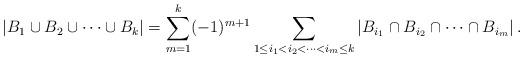
LaTeX: \begin{align*}\arrowvert B_{1}\cup B_{2} \cup \dots \cup B_{k} \arrowvert &= \sum_{m=1}^{k} (-1)^{m+1}\sum_{1\leq i_1 < i_2 < \dots <i_m \leq k} \arrowvert B_{i_1}\cap B_{i_2} \cap \dots \cap B_{i_m} \arrowvert\,. \\\end{align*}